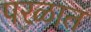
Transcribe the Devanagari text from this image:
परळात